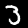
Label: 3